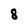
Character: 8